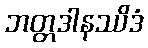
ဘတ္တဒါနဿိဒံ